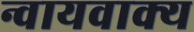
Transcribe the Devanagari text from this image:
न्वायवाक्य